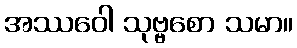
အဿဝေါ သုဗ္ဗစော သမာ။